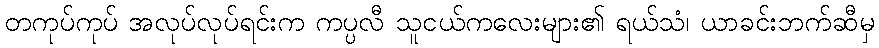
တကုပ်ကုပ် အလုပ်လုပ်ရင်းက ကပ္ပလီ သူငယ်ကလေးများ၏ ရယ်သံ၊ ယာခင်းဘက်ဆီမှ